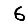
Digit: 6